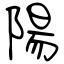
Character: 陽